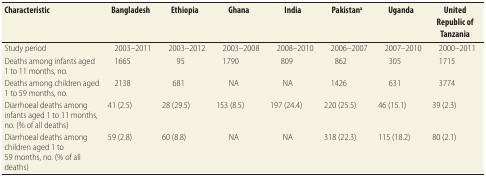
<table><thead><tr><td><b>Characteristic</b></td><td><b>Bangladesh</b></td><td><b>Ethiopia</b></td><td><b>Ghana</b></td><td><b>India</b></td><td><b>Pakistan<sup>a</sup></b></td><td><b>Uganda</b></td><td><b>United Republic of Tanzania</b></td></tr></thead><tbody><tr><td>Study period</td><td>2003–2011</td><td>2003–2012</td><td>2003–2008</td><td>2008–2010</td><td>2006–2007</td><td>2007–2010</td><td>2000–2011</td></tr><tr><td>Deaths among infants aged 1 to 11 months, no.</td><td>1665</td><td>95</td><td>1790</td><td>809</td><td>862</td><td>305</td><td>1715</td></tr><tr><td>Deaths among children aged 1 to 59 months, no.</td><td>2138</td><td>681</td><td>NA</td><td>NA</td><td>1426</td><td>631</td><td>3774</td></tr><tr><td>Diarrhoeal deaths among infants aged 1 to 11 months, no. (% of all deaths)</td><td>41 (2.5)</td><td>28 (29.5)</td><td>153 (8.5)</td><td>197 (24.4)</td><td>220 (25.5)</td><td>46 (15.1)</td><td>39 (2.3)</td></tr><tr><td>Diarrhoeal deaths among children aged 1 to 59 months, no. (% of all deaths)</td><td>59 (2.8)</td><td>60 (8.8)</td><td>NA</td><td>NA</td><td>318 (22.3)</td><td>115 (18.2)</td><td>80 (2.1)</td></tr></tbody></table>